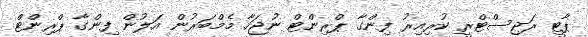
ޕާޓީ ރަޖިސްޓްރީ ކުރިއިރު ފިންގާ ޕްރިންޓް ނުޖަހާ މެމްބަރުން އަލުން ފިންގާ ޕްރިންޓް